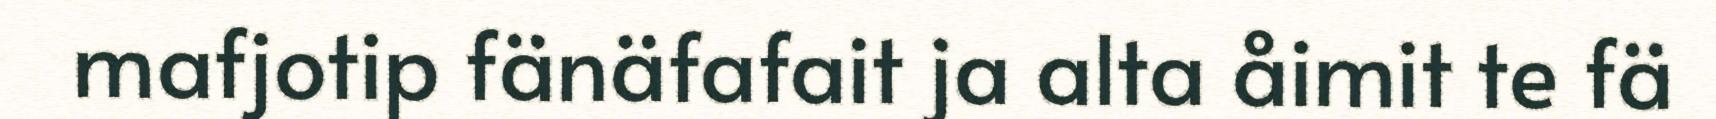
mafjotip fänäfafait ja alta åimit te fä